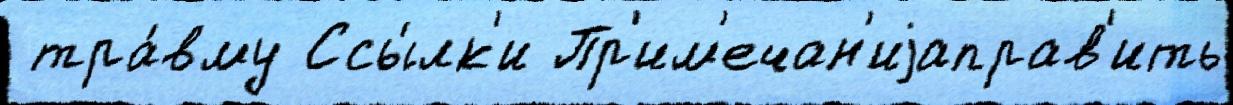
 тра́вму Ссы́лк'и Пр'им'ечан'иjаправ'ить